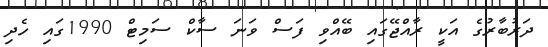
ދަރުބާރުގެ އަކީ ރާއްޖޭގައި ބޭއްވި ފަސް ވަނަ ސާކް ސަމިޓް 1990ގައި ހެދި